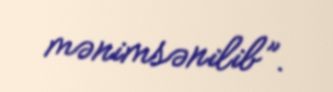
mənimsənilib”.